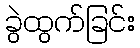
ခွဲထွက်ခြင်း